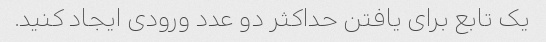
یک تابع برای یافتن حداکثر دو عدد ورودی ایجاد کنید.